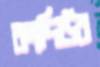
কাদিউর